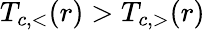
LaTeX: T_{c,<}(r)>T_{c,>}(r)